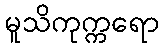
မူသိကုက္ကရော